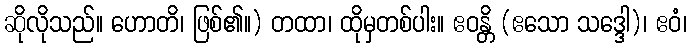
ဆိုလိုသည်။ ဟောတိ၊ ဖြစ်၏။) တထာ၊ ထိုမှတစ်ပါး။ ဧဝန္တိ (ဧသော သဒ္ဒေါ)၊ ဧဝံ၊